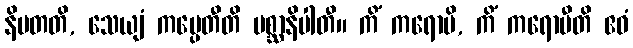
နိပတတိ, သေယျံ ကပ္ပေတီတိ ပစ္ဆာနိပါတီ။ ကိံ ကရောမိ, ကိံ ကရောမီတိ ဧဝံ